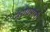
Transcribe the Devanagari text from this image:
नराधमांनी